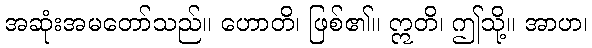
အဆုံးအမတော်သည်။ ဟောတိ၊ ဖြစ်၏။ ဣတိ၊ ဤသို့။ အာဟ၊